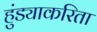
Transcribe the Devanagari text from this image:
हुंड्याकरिता